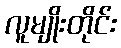
လူမျိုးတိုင်း